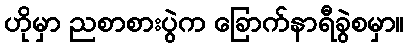
ဟိုမှာ ညစာစားပွဲက ခြောက်နာရီခွဲစမှာ။